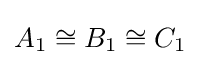
A_{1}\cong B_{1}\cong C_{1}